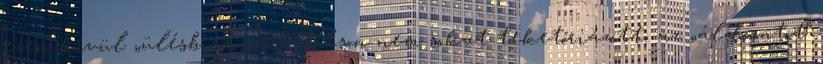
ezen kívül „ülésbiztosak”. Gibson nem sokat teketóriázott, az „áldozatot”